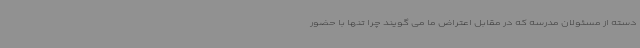
دسته از مسئولان مدرسه که در مقابل اعتراض ما می گویند چرا تنها با حضور